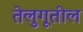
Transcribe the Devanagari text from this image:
तेलुगूतील